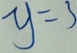
y = 3